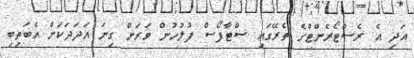
އަދި އެ ރެސްޓޯރެންޓްގެ ތެރޭގައި ސްޓާފޯސް ފުލުހުން ވަރަށް ގިނަ އަދަދަކަށް އެބަތިބި